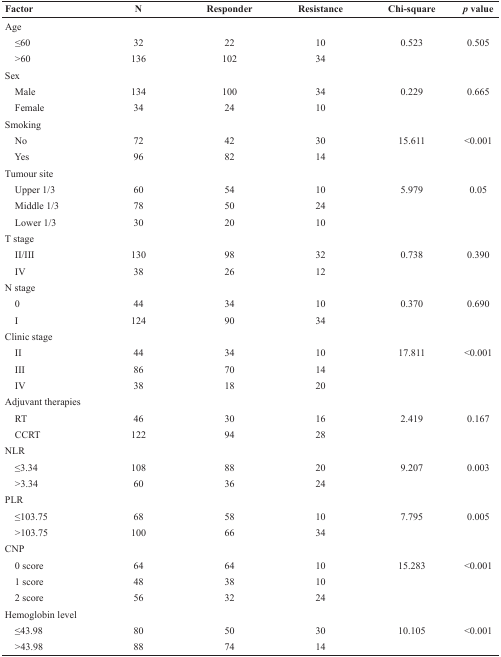
<table><thead><tr><td><b>Factor</b></td><td><b>N</b></td><td><b>Responder</b></td><td><b>Resistance</b></td><td><b>Chi-square</b></td><td><b><i>p</i> value</b></td></tr></thead><tbody><tr><td>Age</td><td></td><td></td><td></td><td></td><td></td></tr><tr><td> ≤60</td><td>32</td><td>22</td><td>10</td><td>0.523</td><td>0.505</td></tr><tr><td> &gt;60</td><td>136</td><td>102</td><td>34</td><td></td><td></td></tr><tr><td>Sex</td><td></td><td></td><td></td><td></td><td></td></tr><tr><td> Male</td><td>134</td><td>100</td><td>34</td><td>0.229</td><td>0.665</td></tr><tr><td> Female</td><td>34</td><td>24</td><td>10</td><td></td><td></td></tr><tr><td>Smoking</td><td></td><td></td><td></td><td></td><td></td></tr><tr><td> No</td><td>72</td><td>42</td><td>30</td><td>15.611</td><td>&lt;0.001</td></tr><tr><td> Yes</td><td>96</td><td>82</td><td>14</td><td></td><td></td></tr><tr><td>Tumour site</td><td></td><td></td><td></td><td></td><td></td></tr><tr><td> Upper 1/3</td><td>60</td><td>54</td><td>10</td><td>5.979</td><td>0.05</td></tr><tr><td> Middle 1/3</td><td>78</td><td>50</td><td>24</td><td></td><td></td></tr><tr><td> Lower 1/3</td><td>30</td><td>20</td><td>10</td><td></td><td></td></tr><tr><td>T stage</td><td></td><td></td><td></td><td></td><td></td></tr><tr><td> II/III</td><td>130</td><td>98</td><td>32</td><td>0.738</td><td>0.390</td></tr><tr><td> IV</td><td>38</td><td>26</td><td>12</td><td></td><td></td></tr><tr><td>N stage</td><td></td><td></td><td></td><td></td><td></td></tr><tr><td> 0</td><td>44</td><td>34</td><td>10</td><td>0.370</td><td>0.690</td></tr><tr><td> I</td><td>124</td><td>90</td><td>34</td><td></td><td></td></tr><tr><td>Clinic stage</td><td></td><td></td><td></td><td></td><td></td></tr><tr><td> II</td><td>44</td><td>34</td><td>10</td><td>17.811</td><td>&lt;0.001</td></tr><tr><td> III</td><td>86</td><td>70</td><td>14</td><td></td><td></td></tr><tr><td> IV</td><td>38</td><td>18</td><td>20</td><td></td><td></td></tr><tr><td>Adjuvant therapies</td><td></td><td></td><td></td><td></td><td></td></tr><tr><td> RT</td><td>46</td><td>30</td><td>16</td><td>2.419</td><td>0.167</td></tr><tr><td> CCRT</td><td>122</td><td>94</td><td>28</td><td></td><td></td></tr><tr><td>NLR</td><td></td><td></td><td></td><td></td><td></td></tr><tr><td> ≤3.34</td><td>108</td><td>88</td><td>20</td><td>9.207</td><td>0.003</td></tr><tr><td> &gt;3.34</td><td>60</td><td>36</td><td>24</td><td></td><td></td></tr><tr><td>PLR</td><td></td><td></td><td></td><td></td><td></td></tr><tr><td> ≤103.75</td><td>68</td><td>58</td><td>10</td><td>7.795</td><td>0.005</td></tr><tr><td> &gt;103.75</td><td>100</td><td>66</td><td>34</td><td></td><td></td></tr><tr><td>CNP</td><td></td><td></td><td></td><td></td><td></td></tr><tr><td> 0 score</td><td>64</td><td>64</td><td>10</td><td>15.283</td><td>&lt;0.001</td></tr><tr><td> 1 score</td><td>48</td><td>38</td><td>10</td><td></td><td></td></tr><tr><td> 2 score</td><td>56</td><td>32</td><td>24</td><td></td><td></td></tr><tr><td>Hemoglobin level</td><td></td><td></td><td></td><td></td><td></td></tr><tr><td> ≤43.98</td><td>80</td><td>50</td><td>30</td><td>10.105</td><td>&lt;0.001</td></tr><tr><td> &gt;43.98</td><td>88</td><td>74</td><td>14</td><td></td><td></td></tr></tbody></table>